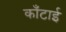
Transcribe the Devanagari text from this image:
काँटाई